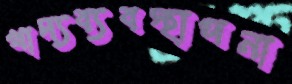
খাদ্যব্যবস্থাপনা